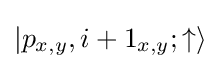
|p_{x,y},i+1_{x,y};\uparrow \rangle